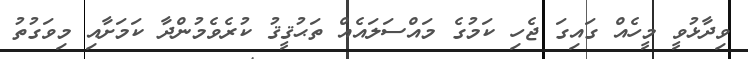
ވިދާޅުވީ މީހެއް ގައިގަ ޖެހި ކަމުގެ މައްސަލައެއް ތަޙުޤީޤު ކުރެވެމުންދާ ކަމަށާއި މިވަގުތު